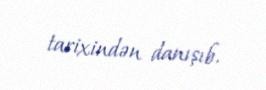
tarixindən danışıb.